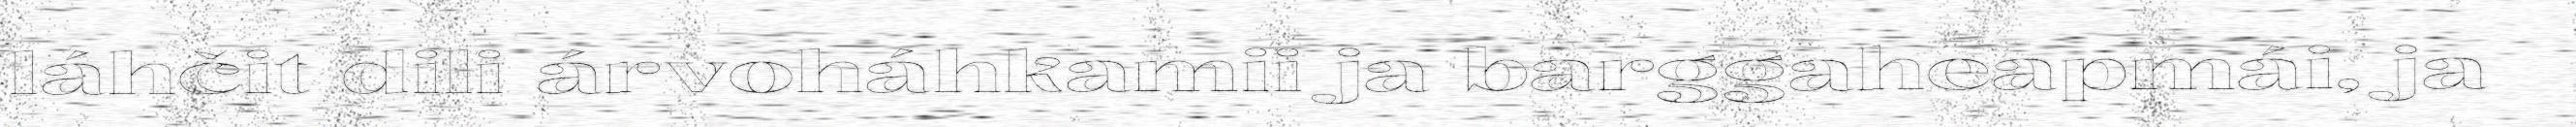
láhčit dili árvoháhkamii ja barggaheapmái, ja